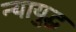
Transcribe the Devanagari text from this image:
न्यायुद्ध